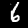
Label: 6